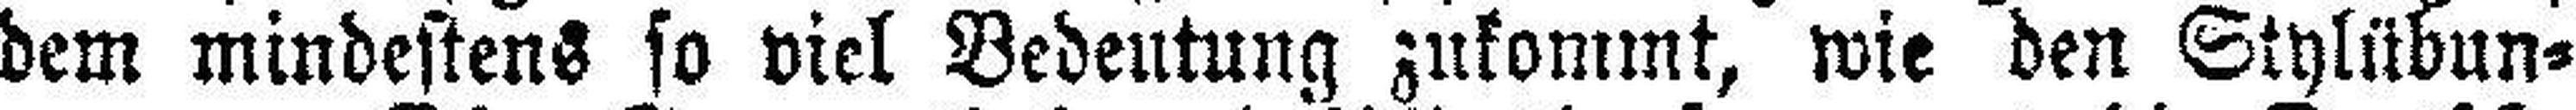
dem mindestens so viel Bedeutung zukommt, wie den Stylübun¬